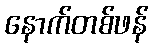
နောက်တစ်ဖန်